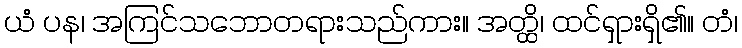
ယံ ပန၊ အကြင်သဘောတရားသည်ကား။ အတ္ထိ၊ ထင်ရှားရှိ၏။ တံ၊